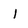
Character: 1